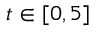
t \in [ 0 , 5 ]